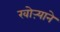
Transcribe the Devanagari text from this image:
खोऱ्याने